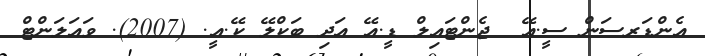
އެންޑަރސަން ސީ.އޭ  ޖެންޓައިލް ޑީ.އޭ އަދި ބަކްލޭ ކޭ.އީ. (2007). ވައަލަންޓް